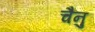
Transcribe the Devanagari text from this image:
चैनु